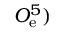
O _ { \mathrm { e } } ^ { 5 } )